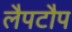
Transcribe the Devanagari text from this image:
लैपटौप